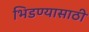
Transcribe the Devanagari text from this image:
भिडण्यासाठी